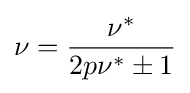
\nu ={\frac {\nu ^{*}}{2p\nu ^{*}\pm 1}}